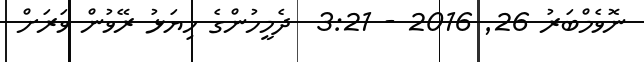
ނޮވެމްބަރު 26